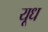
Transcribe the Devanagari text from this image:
यूध